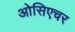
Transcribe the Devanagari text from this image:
ओसिएचर